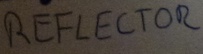
Text: REFLECTOR